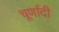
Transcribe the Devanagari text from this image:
चूर्णादी